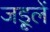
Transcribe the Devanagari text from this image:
जड़ूलें